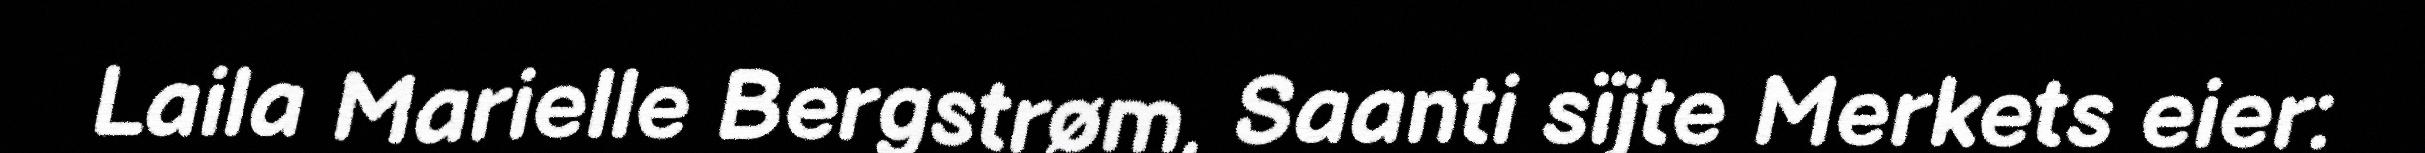
Laila Marielle Bergstrøm, Saanti sïjte Merkets eier: